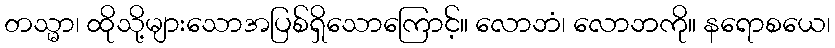
တသ္မာ၊ ထိုသို့များသောအပြစ်ရှိသောကြောင့်။ လောဘံ၊ လောဘကို။ နရောစယေ၊